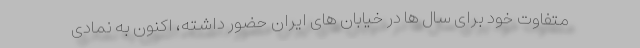
متفاوت خود برای سال ها در خیابان های ایران حضور داشته، اکنون به نمادی